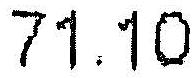
71.10